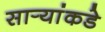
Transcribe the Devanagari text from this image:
सार्‍यांकडे